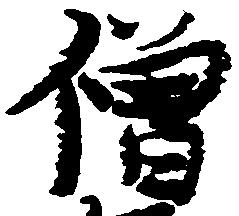
僧